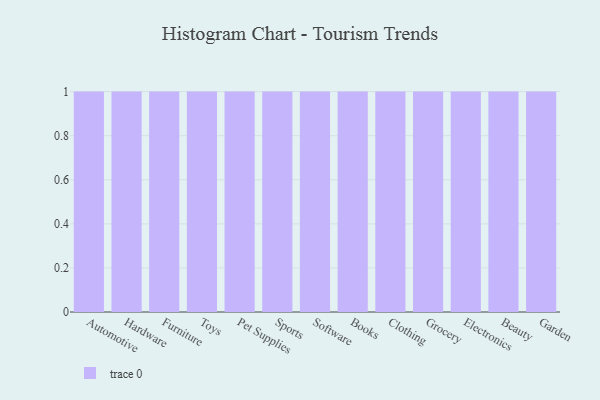
{"axis": {"x": "Category", "y": "Energy Usage (MWh)"}, "legend": [""], "data": [{"x": "Automotive", "y": 77, "type": ""}, {"x": "Hardware", "y": 45, "type": ""}, {"x": "Furniture", "y": 60, "type": ""}, {"x": "Toys", "y": 72, "type": ""}, {"x": "Pet Supplies", "y": 15, "type": ""}, {"x": "Sports", "y": 54, "type": ""}, {"x": "Software", "y": 80, "type": ""}, {"x": "Books", "y": 84, "type": ""}, {"x": "Clothing", "y": 38, "type": ""}, {"x": "Grocery", "y": 89, "type": ""}, {"x": "Electronics", "y": 27, "type": ""}, {"x": "Beauty", "y": 47, "type": ""}, {"x": "Garden", "y": 10, "type": ""}]}